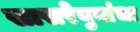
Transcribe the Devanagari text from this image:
सासरेबुवांचा